On the action of the venoms of the cobra (Naja tripudians) and of the daboia (Daboia russellii) on the red blood corpuscles and on the blood plasma - Number 4
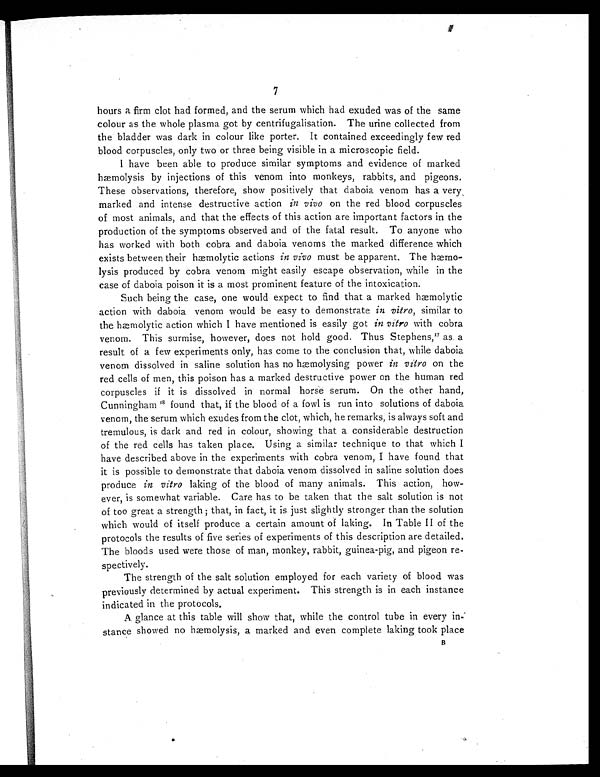
7
hours a firm clot had formed, and the serum which had exuded was of the same
colour as the whole plasma got by centrifugalisation. The urine collected from
the bladder was dark in colour like porter. It contained exceedingly few red
blood corpuscles, only two or three being visible in a microscopic field.
I have been able to produce similar symptoms and evidence of marked
hæmolysis by injections of this venom into monkeys, rabbits, and pigeons.
These observations, therefore, show positively that daboia venom has a very
marked and intense destructive action in vivo on the red blood corpuscles
of most animals, and that the effects of this action are important factors in the
production of the symptoms observed and of the fatal result. To anyone who
has worked with both cobra and daboia venoms the marked difference which
exists between their hæmolytic actions in vivo must be apparent. The hæmo-
lysis produced by cobra venom might easily escape observation, while in the
case of daboia poison it is a most prominent feature of the intoxication.
Such being the case, one would expect to find that a marked hæmolytic
action with daboia venom would be easy to demonstrate in vitro, similar to
the hæmolytic action which I have mentioned is easily got in vitro with cobra
venom. This surmise, however, does not hold good. Thus Stephens, 17 as a
result of a few experiments only, has come to the conclusion that, while daboia
venom dissolved in saline solution has no hæmolysing power in vitro on the
red cells of men, this poison has a marked destructive power on the human red
corpuscles if it is dissolved in normal horse serum. On the other hand,
Cunningham 1 8
f o u n d t h a t , i f t h e b l o o d o f a f o w l i s r u n i n t o s o l u t i o n s o f d a b o i a
venom, the serum which exudes from the clot, which, he remarks, is always soft and
tremulous, is dark and red in colour, showing that a considerable destruction
of the red cells has taken place. Using a similar technique to that which I
have described above in the experiments with cobra venom, I have found that
it is possible to demonstrate that daboia venom dissolved in saline solution does
produce in vitro laking of the blood of many animals. This action, how-
ever, is somewhat variable. Care has to be taken that the salt solution is not
of too great a strength ; that, in fact, it is just slightly stronger than the solution
which would of itself produce a certain amount of laking. In Table II of the
protocols the results of five series of experiments of this description are detailed.
The bloods used were those of man, monkey, rabbit, guinea-pig, and pigeon re-
spectively.
The strength of the salt solution employed for each variety of blood was
previously determined by actual experiment. This strength is in each instance
indicated in the protocols.
A glance at this table will show that, while the control tube in every in-
stance showed no hæmolysis, a marked and even complete laking took place
B